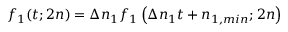
f _ { 1 } ( t ; 2 n ) = \Delta n _ { 1 } f _ { 1 } \left( \Delta n _ { 1 } t + n _ { 1 , m i n } ; 2 n \right)